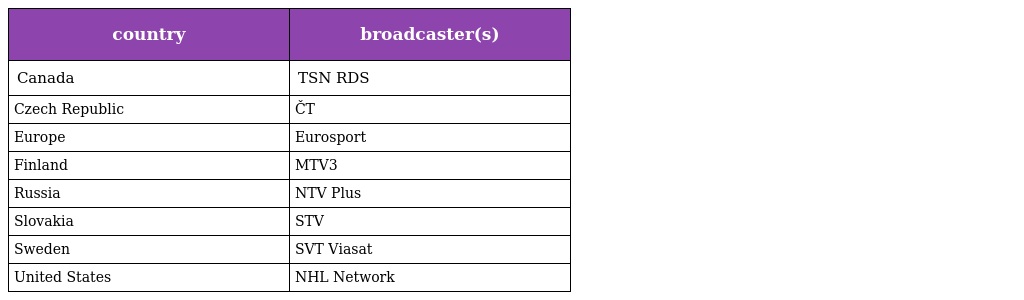
| country | broadcaster(s) |
 | --- | --- |
 | Canada | TSN RDS |
 | Czech Republic | ČT |
 | Europe | Eurosport |
 | Finland | MTV3 |
 | Russia | NTV Plus |
 | Slovakia | STV |
 | Sweden | SVT Viasat |
 | United States | NHL Network |